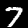
Digit: 7